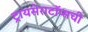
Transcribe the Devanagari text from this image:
ट्रायसेराटॉप्सची